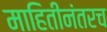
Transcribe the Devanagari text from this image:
माहितीनंतरच